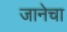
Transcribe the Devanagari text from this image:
जानेचा